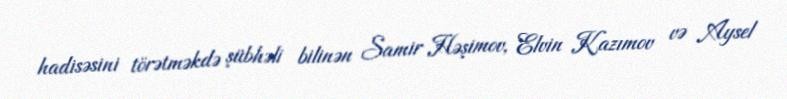
hadisəsini törətməkdə şübhəli bilinən Samir Həşimov, Elvin Kazımov və Aysel